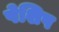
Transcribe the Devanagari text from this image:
पेशिष